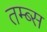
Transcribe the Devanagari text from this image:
तम्ब्स